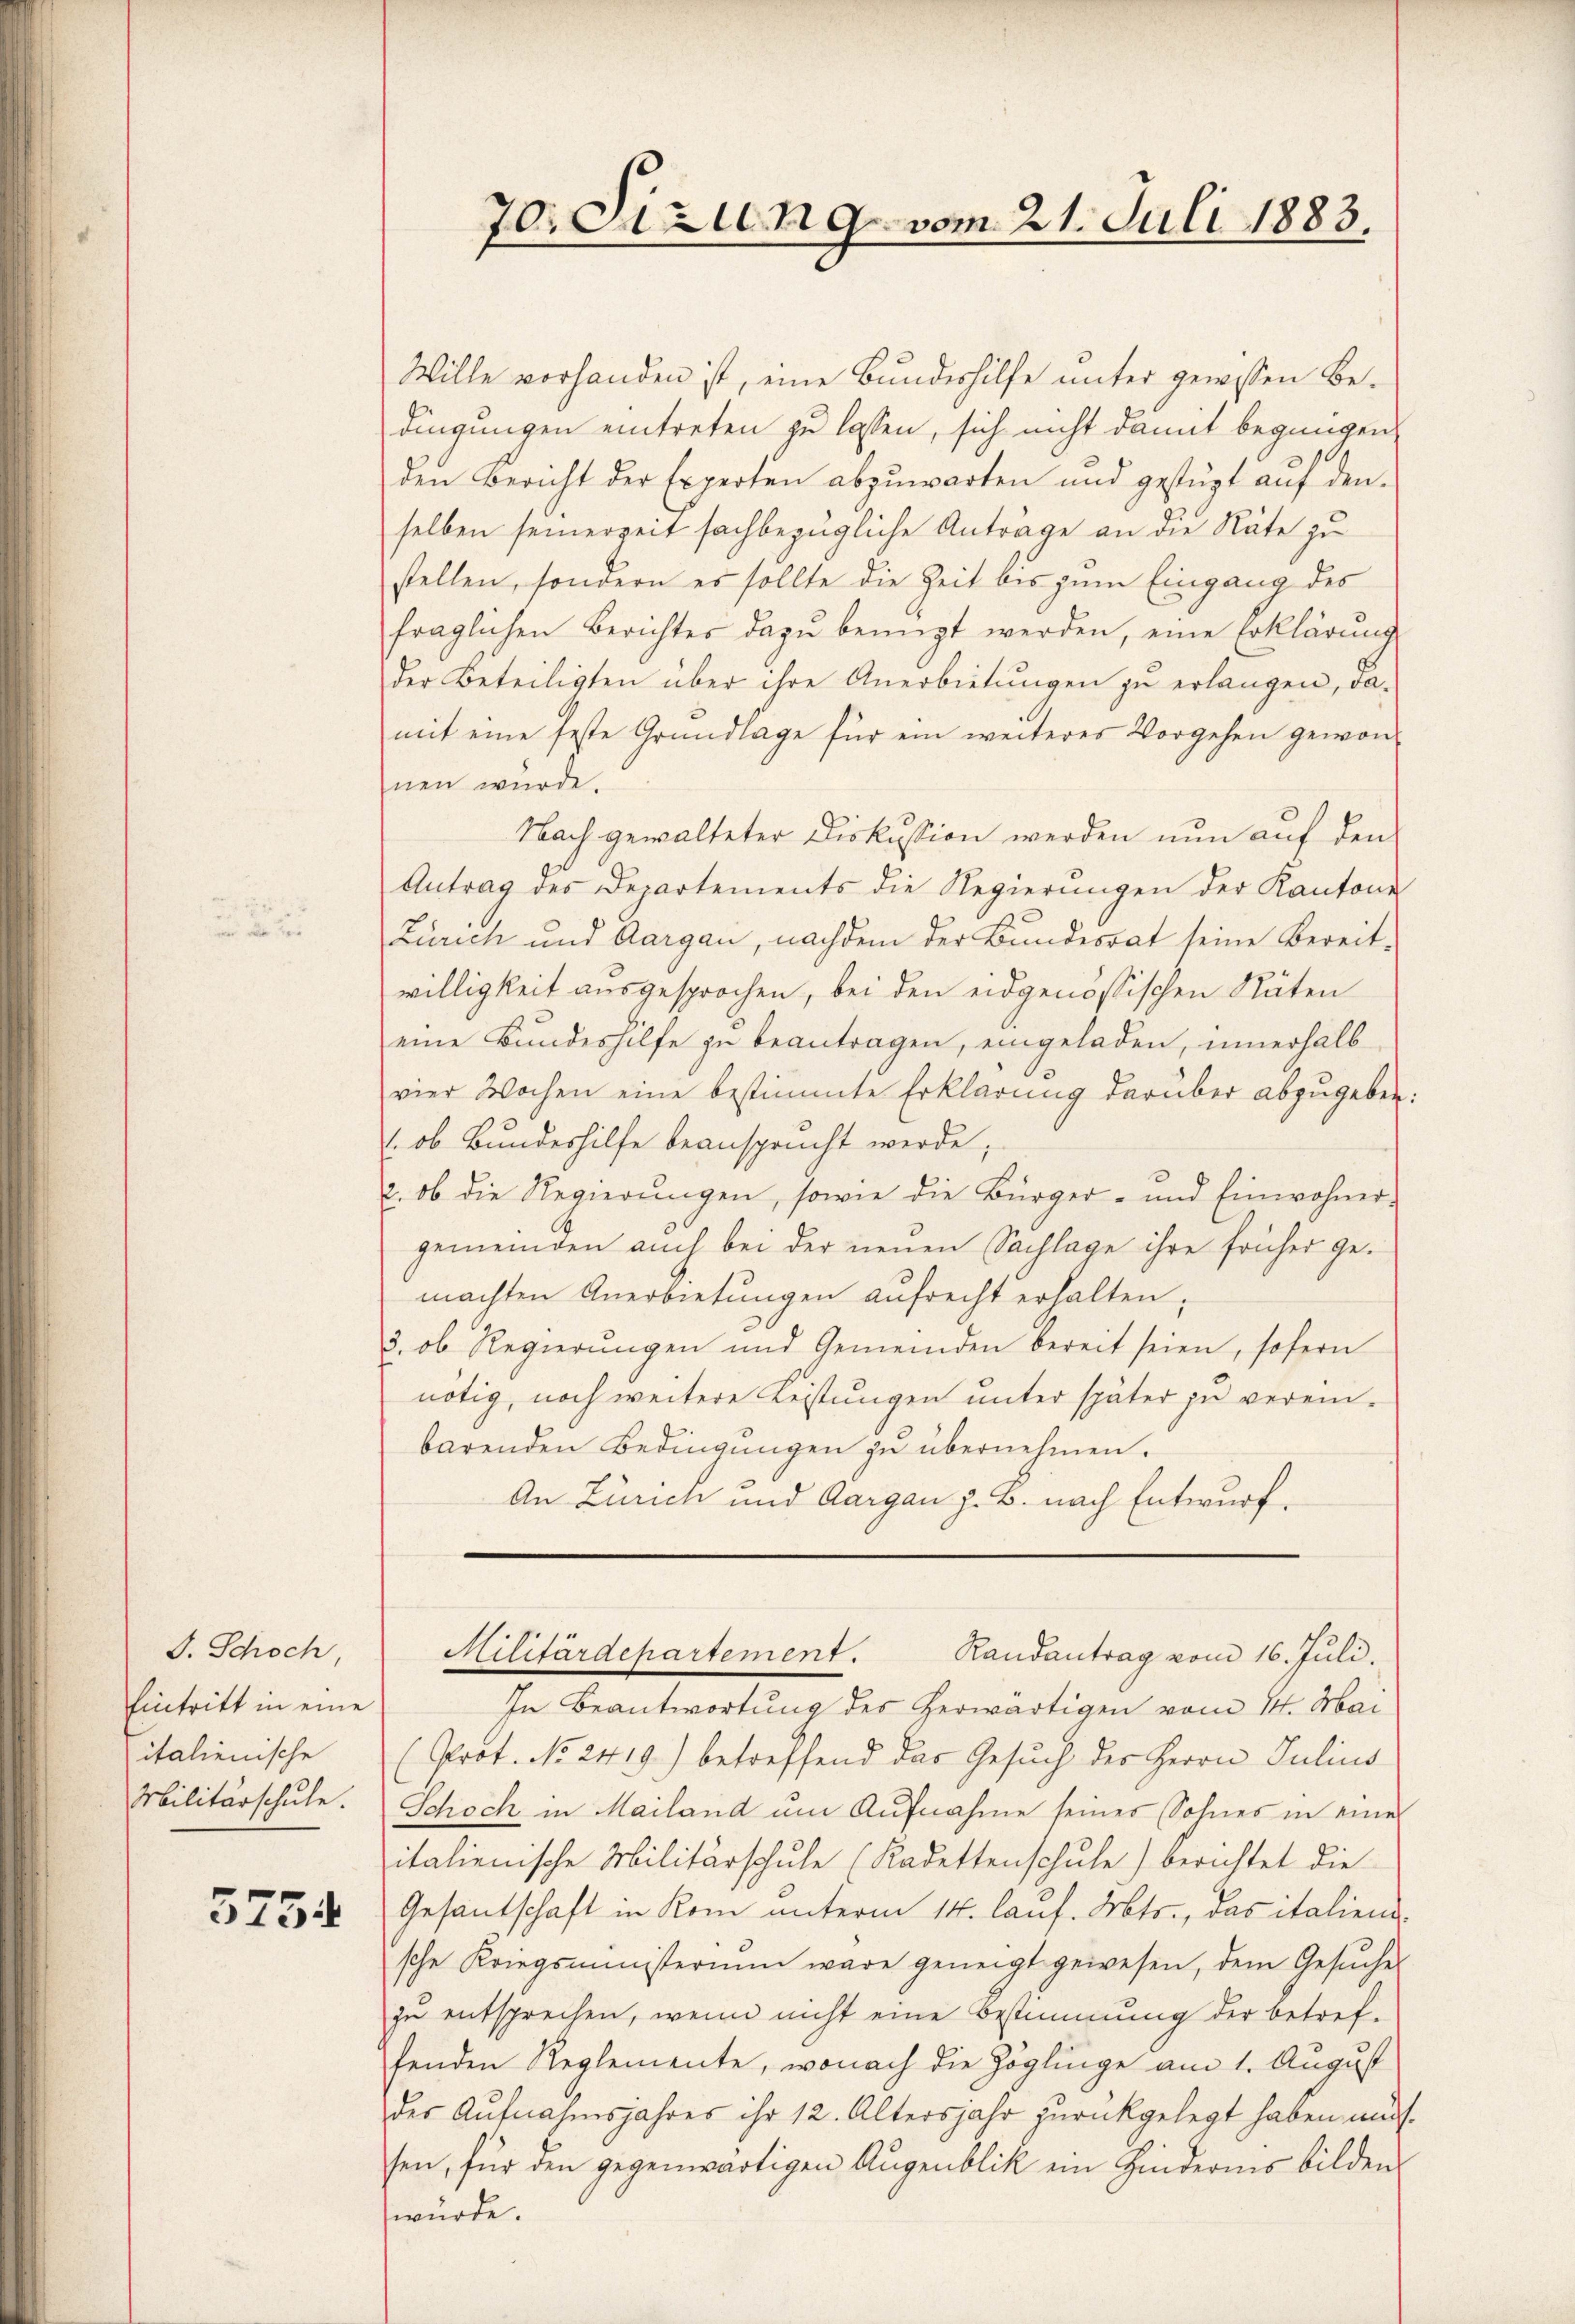
J. Schoch,
Eintritt in eine
italienische
Militärschule.

3754

Wille vorhanden ist, eine Bundeshilfe unter gewissen Bedingungen eintreten zu lassen, sich nicht damit begangen,
den Bericht der Experten abzuwarten und gestüzt auf den
selben seinerzeit sachbezügliche Anträge an die Räte zu
stellen, sondern es sollte die Zeit bis zum Eingang des
fraglichen Berichter dazu benügt werden, eine Erklärung
der Beteiligten über ihre Anerbietungen zu erlangen, da-
mit eine feste Grundlage für ein weiteres Vorgehen gewonhnen würde.
Nach gewalteter Diskussion werden nun auf den
Antrag des Departements die Regierungen der Kantone
Zürich und Aargau, nachdem der Bundesrat seine Bereitwilligkeit ausgesprochen, bei den eidgenössischen Rüten
eine Bundeshilfe zu beantragen, eingeladen, innerhalb
vier Wochen eine bestimmte Erklärung darüber abzugeben:
1. ob Bundeshilfe beansprucht werde;
2. ob die Regierŭngen, sowie die Bürger- und Einwohner-
gemeinden auch bei der neuen Sachlage ihre früher ge-
machten Anerbietungen aufrecht erhalten;
3., ob Regierungen und Gemeinden bereit seien, sofern
nötig, noch weitere Leistungen unter später zu verein-
barenden Bedingŭngen zu übernehmen.
An Zürich und Aargau z. B. nach Entwurf.

70 Arten 9. vom 21. Juli 1883.

Militärdepartement.
Randantrag vom 16. Juli.

In Beantwortung des herwärtigen vom 14. Mai
(Prot. No 2419) betreffend das Gesuch des Herrn Julius
Schoch in Mailand um Aufnahme seines Sohnes in einer
italienische Militärschule (Kadettenschule) berichtet die
Gesantschaft in Rom unterm 14. lauf. Mts., das italien
sche Kriegsministerium wäre geneigt gewesen, dem Gesŭche
zu entsprechen, wenn nicht eine Bestimmung der betref-
fenden Reglemente, wonach die Zöglinge am 1. August
der Aufnahmsjahres ihr 12. Altersjahr zurückgelegt haben mus
sen, für den gegenwärtigen Augenblik ein Hindernis bildens
würde.